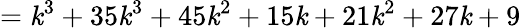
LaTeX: =\mathit{k}^{3}+35\mathit{k}^{3}+45\mathit{k}^{2}+15\mathit{k}+21\mathit{k}^{2}+27\mathit{k}+9